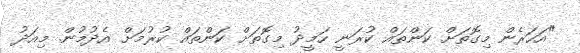
"އަހަރެން މިގޮތަށް ކަންތައް ކުރަނީ ހަމީދު މިގޮތަށް ކަންތައް ކުރުމަށް އެދުމުން. މިއަދު